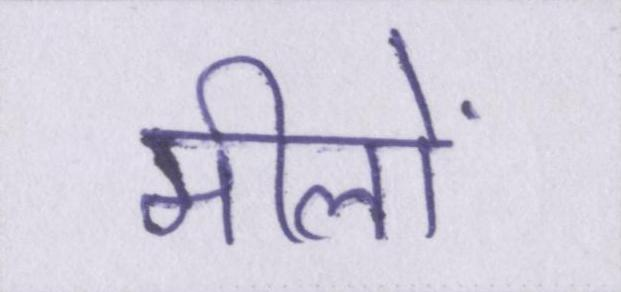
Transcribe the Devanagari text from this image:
मीलों